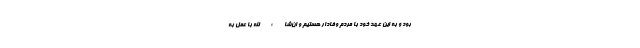
بود و به این عهد خود با مردم وفادار هستیم و ان‌شاء الله با عمل به